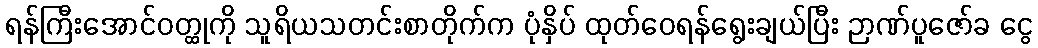
ရန်ကြီးအောင်ဝတ္ထုကို သူရိယသတင်းစာတိုက်က ပုံနှိပ် ထုတ်ဝေရန်ရွေးချယ်ပြီး ဉာဏ်ပူဇော်ခ ငွေ